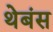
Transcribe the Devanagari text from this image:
थेबंस